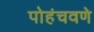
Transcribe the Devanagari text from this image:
पोहंचवणे